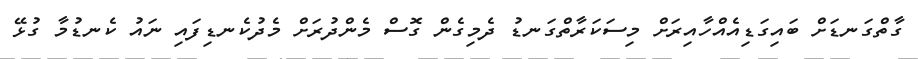
ގާތްގަނޑަށް ބައިގަޑިއެެއްހާއިރަށް މިސަކަރާތްގަނޑު ދެމިގެން ގޮސް މެންދުރަށް މެދުކެނޑިފައި ނައު ކެނޑުމާ ގުޅޭ